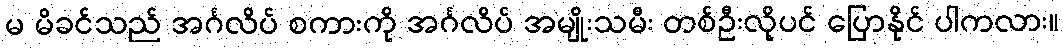
မ မိခင်သည် အင်္ဂလိပ် စကားကို အင်္ဂလိပ် အမျိုးသမီး တစ်ဦးလိုပင် ပြောနိုင် ပါကလား။